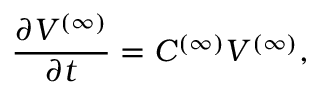
\ensuremath { \frac { \partial V ^ { ( \infty ) } } { \partial t } } = C ^ { ( \infty ) } V ^ { ( \infty ) } ,